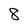
Character: 8